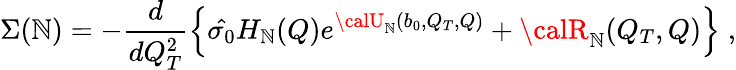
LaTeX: \Sigma(\mathbb{N})=-{\frac{{d}}{{dQ_{T}^{2}}}}\Bigl\{ \hat{{\sigma_{0}}}H_{\mathbb{N}}(Q)e^{{\calU}_{\mathbb{N}}(b_{0},Q_{T},Q)}+{\calR}_{\mathbb{N}}(Q_{T},Q)\Bigr\} \; ,